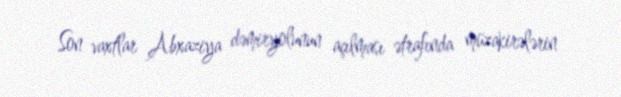
Son vaxtlar Abxaziya dəmiryolunun açılması ətrafında müzakirələrin